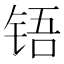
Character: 铻